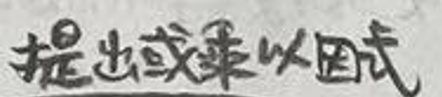
提出或乘以因式